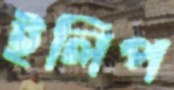
ইলিপ